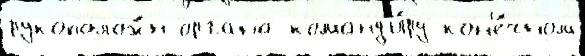
рукополож́н органа команд'и́ру кон'е́чном